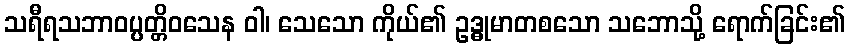
သရီရသဘာဝပ္ပတ္တိဝသေန ဝါ၊ သေသော ကိုယ်၏ ဥဒ္ဓုမာတစသော သဘောသို့ ရောက်ခြင်း၏